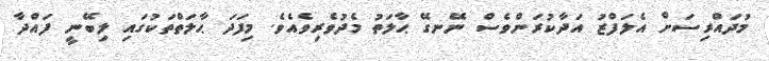
މުދައްރިސަށް އެލަފްޒު އަދާކުރަންވެސް ނޭނގޭ ޙާލަތު މެދުވެރިވެއެވެ. މިފަދަ ޙާލަތްތަކުގައި ލިބޭނީ ފައްދާ